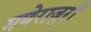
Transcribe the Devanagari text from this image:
मणेराजुरी